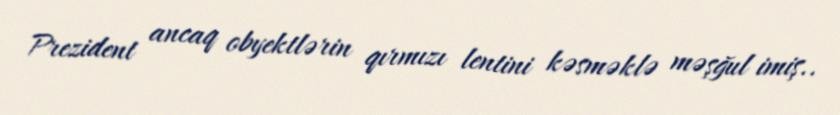
Prezident ancaq obyektlərin qırmızı lentini kəsməklə məşğul imiş..